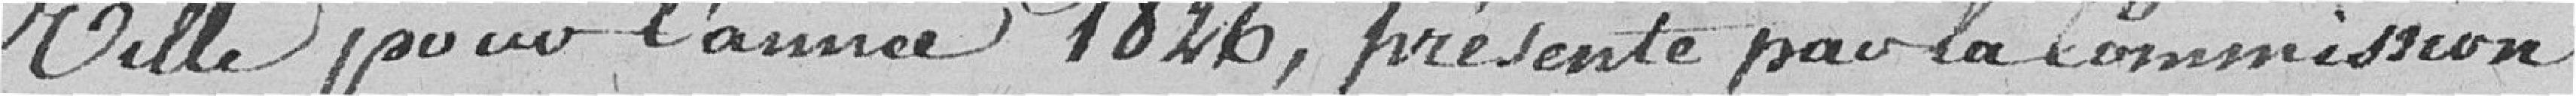
ville pour l'année 1826, présenté par la Commission